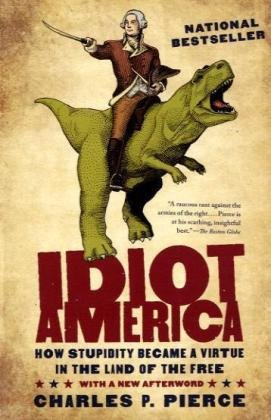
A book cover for Idiot America: How Stupidity Became a Virtue in the Land of the Free; Charles P. Pierce; Humor & Entertainment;